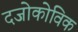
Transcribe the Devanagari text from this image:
दजोकोविक